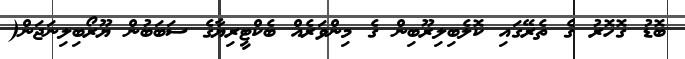
ބޮޑު ގޮހޮރު ގެ ތެރޭގައި ކޮލެބިލިރޫބިން ގެ މިންވަރެއް ބެކްޓީރިޔާގެ ސަބަބުން ޔޫރޯބިލިނަޖަން(